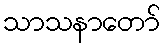
သာသနာတော်